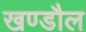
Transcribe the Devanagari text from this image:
खण्डौल